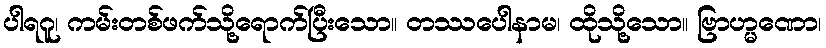
ပါရဂူ၊ ကမ်းတစ်ဖက်သို့ရောက်ပြီးသော။ တဿပေါနာမ၊ ထိုသို့သော။ ဗြာဟ္မဏော၊